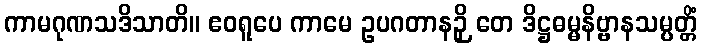
ကာမဂုဏသဒိသာတိ။ ဧဝရူပေ ကာမေ ဥပဂတာနဉှိ တေ ဒိဋ္ဌဓမ္မနိဗ္ဗာနသမ္ပတ္တိံ